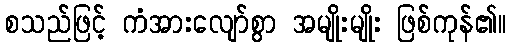
စသည်ဖြင့် ကံအားလျော်စွာ အမျိုးမျိုး ဖြစ်ကုန်၏။